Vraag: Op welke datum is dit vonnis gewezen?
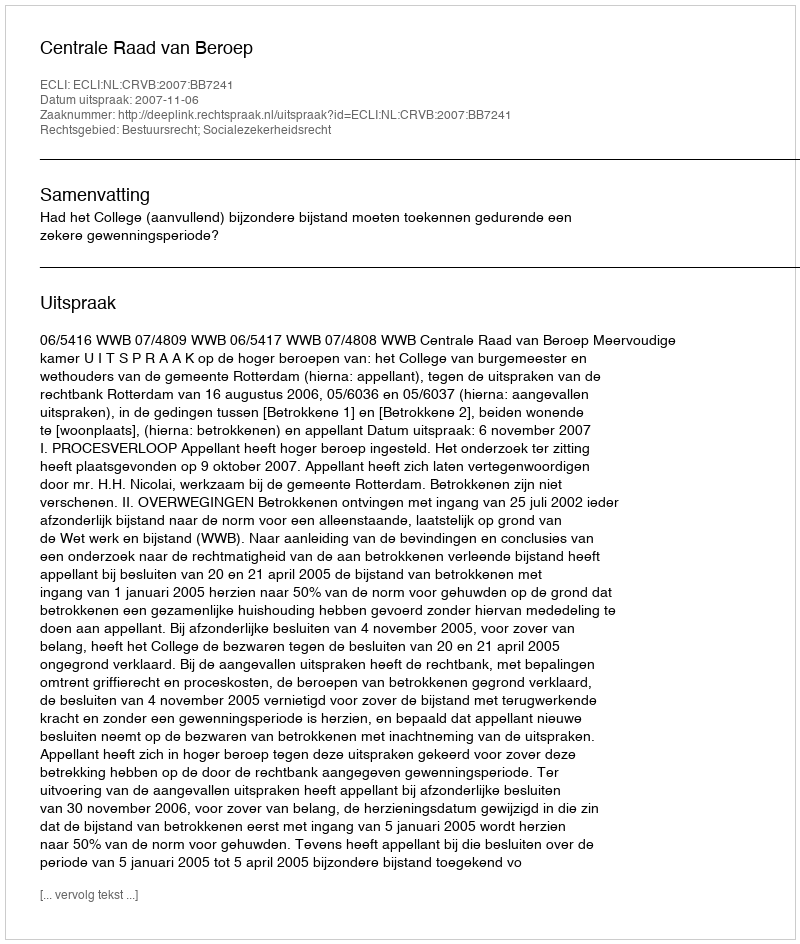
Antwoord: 2007-11-06